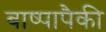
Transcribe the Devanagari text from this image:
बाष्पापैकी